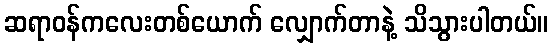
ဆရာဝန်ကလေးတစ်ယောက် လျှောက်တာနဲ့ သိသွားပါတယ်။